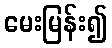
မေးမြန်း၍